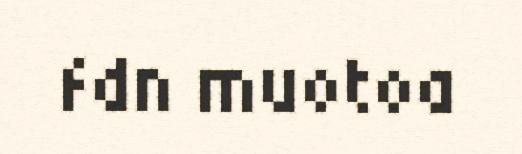
fdn muotoa